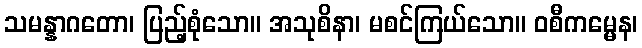
သမန္နာဂတော၊ ပြည့်စုံသော။ အသုစိနာ၊ မစင်ကြယ်သော။ ဝစီကမ္မေန၊